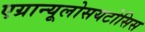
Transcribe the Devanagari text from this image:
एग्रान्यूलोसयटोसिस